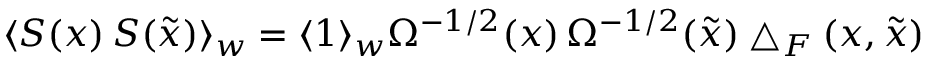
\langle S ( x ) \, S ( \tilde { x } ) \rangle _ { w } = \langle 1 \rangle _ { w } \Omega ^ { - 1 / 2 } ( x ) \, \Omega ^ { - 1 / 2 } ( \tilde { x } ) \bigtriangleup _ { F } ( x , \tilde { x } )